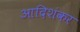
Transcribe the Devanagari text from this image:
आदिशंकर